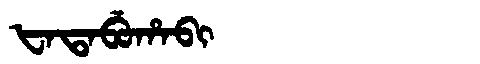
Manchu: ᡶᠠᡨᠠᠪᡠᡥᠠᠪᡳ
Romanization: FATABUHABI